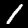
Label: 1